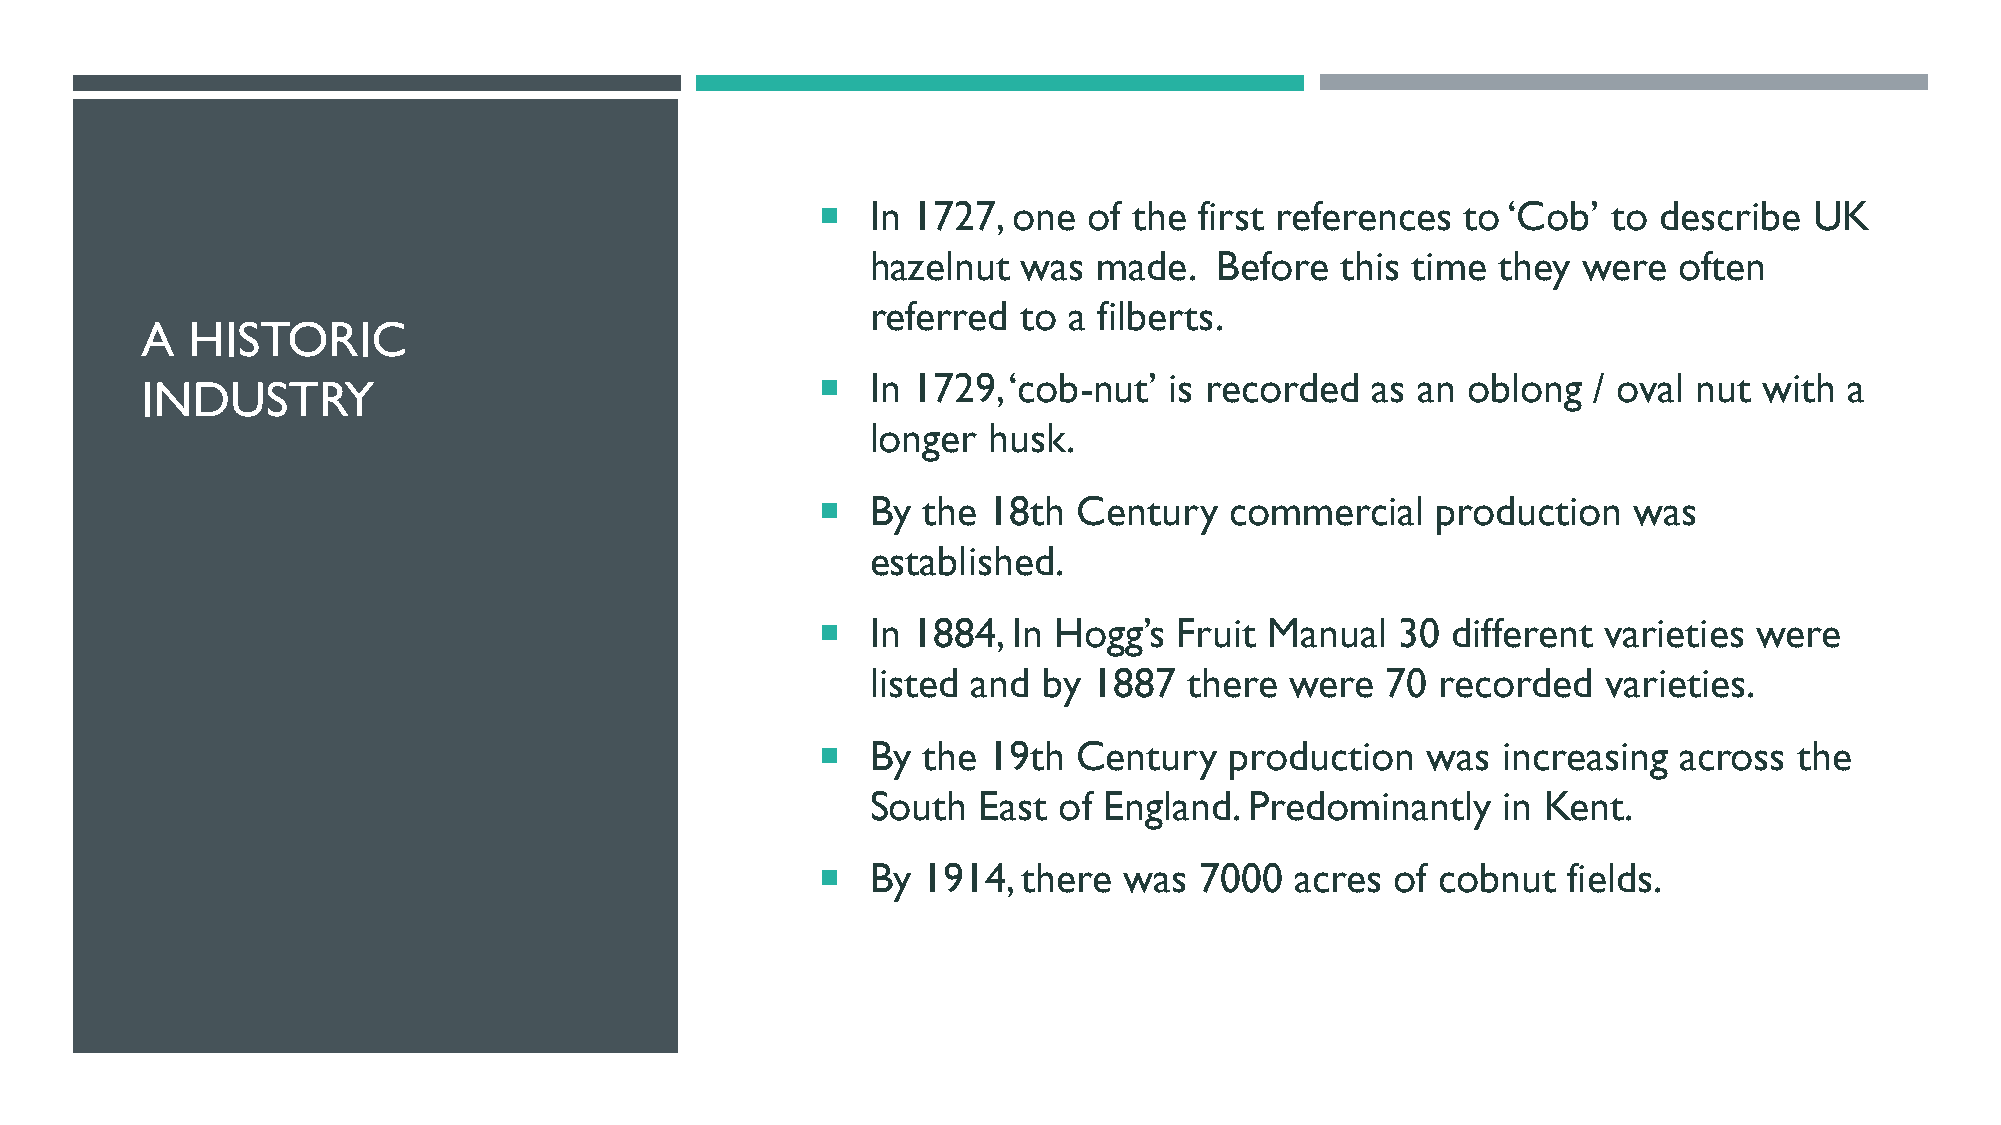
   In 1727, one  of the first references  to ‘Cob’  to describe  UK
 hazelnut  was  made.   Before  this time they  were  often
 referred to  a filberts.
 A  HISTORIC
 INDUSTRY                                        In 1729, ‘cob-nut’ is recorded   as an oblong  / oval nut  with a
 longer husk.
    By the 18th  Century   commercial    production   was
 established.
    In 1884, In Hogg’s  Fruit Manual   30 different varieties were
 listed and by 1887   there were   70 recorded   varieties.
    By the 19th  Century   production   was  increasing  across  the
 South  East of England.  Predominantly   in Kent.
    By 1914,  there was  7000   acres of cobnut   fields.